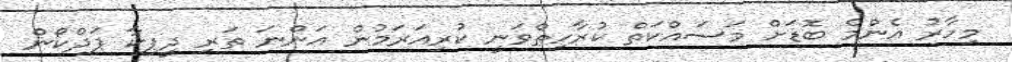
މިހާރު އެންމެ ބޮޑަށް މަސައްކަތް ކުރާހިތްވަނީ ކުރިއަރަމުން އަންނަ ތަަރި ދީޕިކާ ޕަދްކޯން